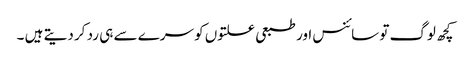
کچھ لوگ تو سائنس اور طبعی علتوں کو سرے سے ہی رد کر دیتے ہیں ۔